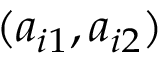
( a _ { i 1 } , a _ { i 2 } )